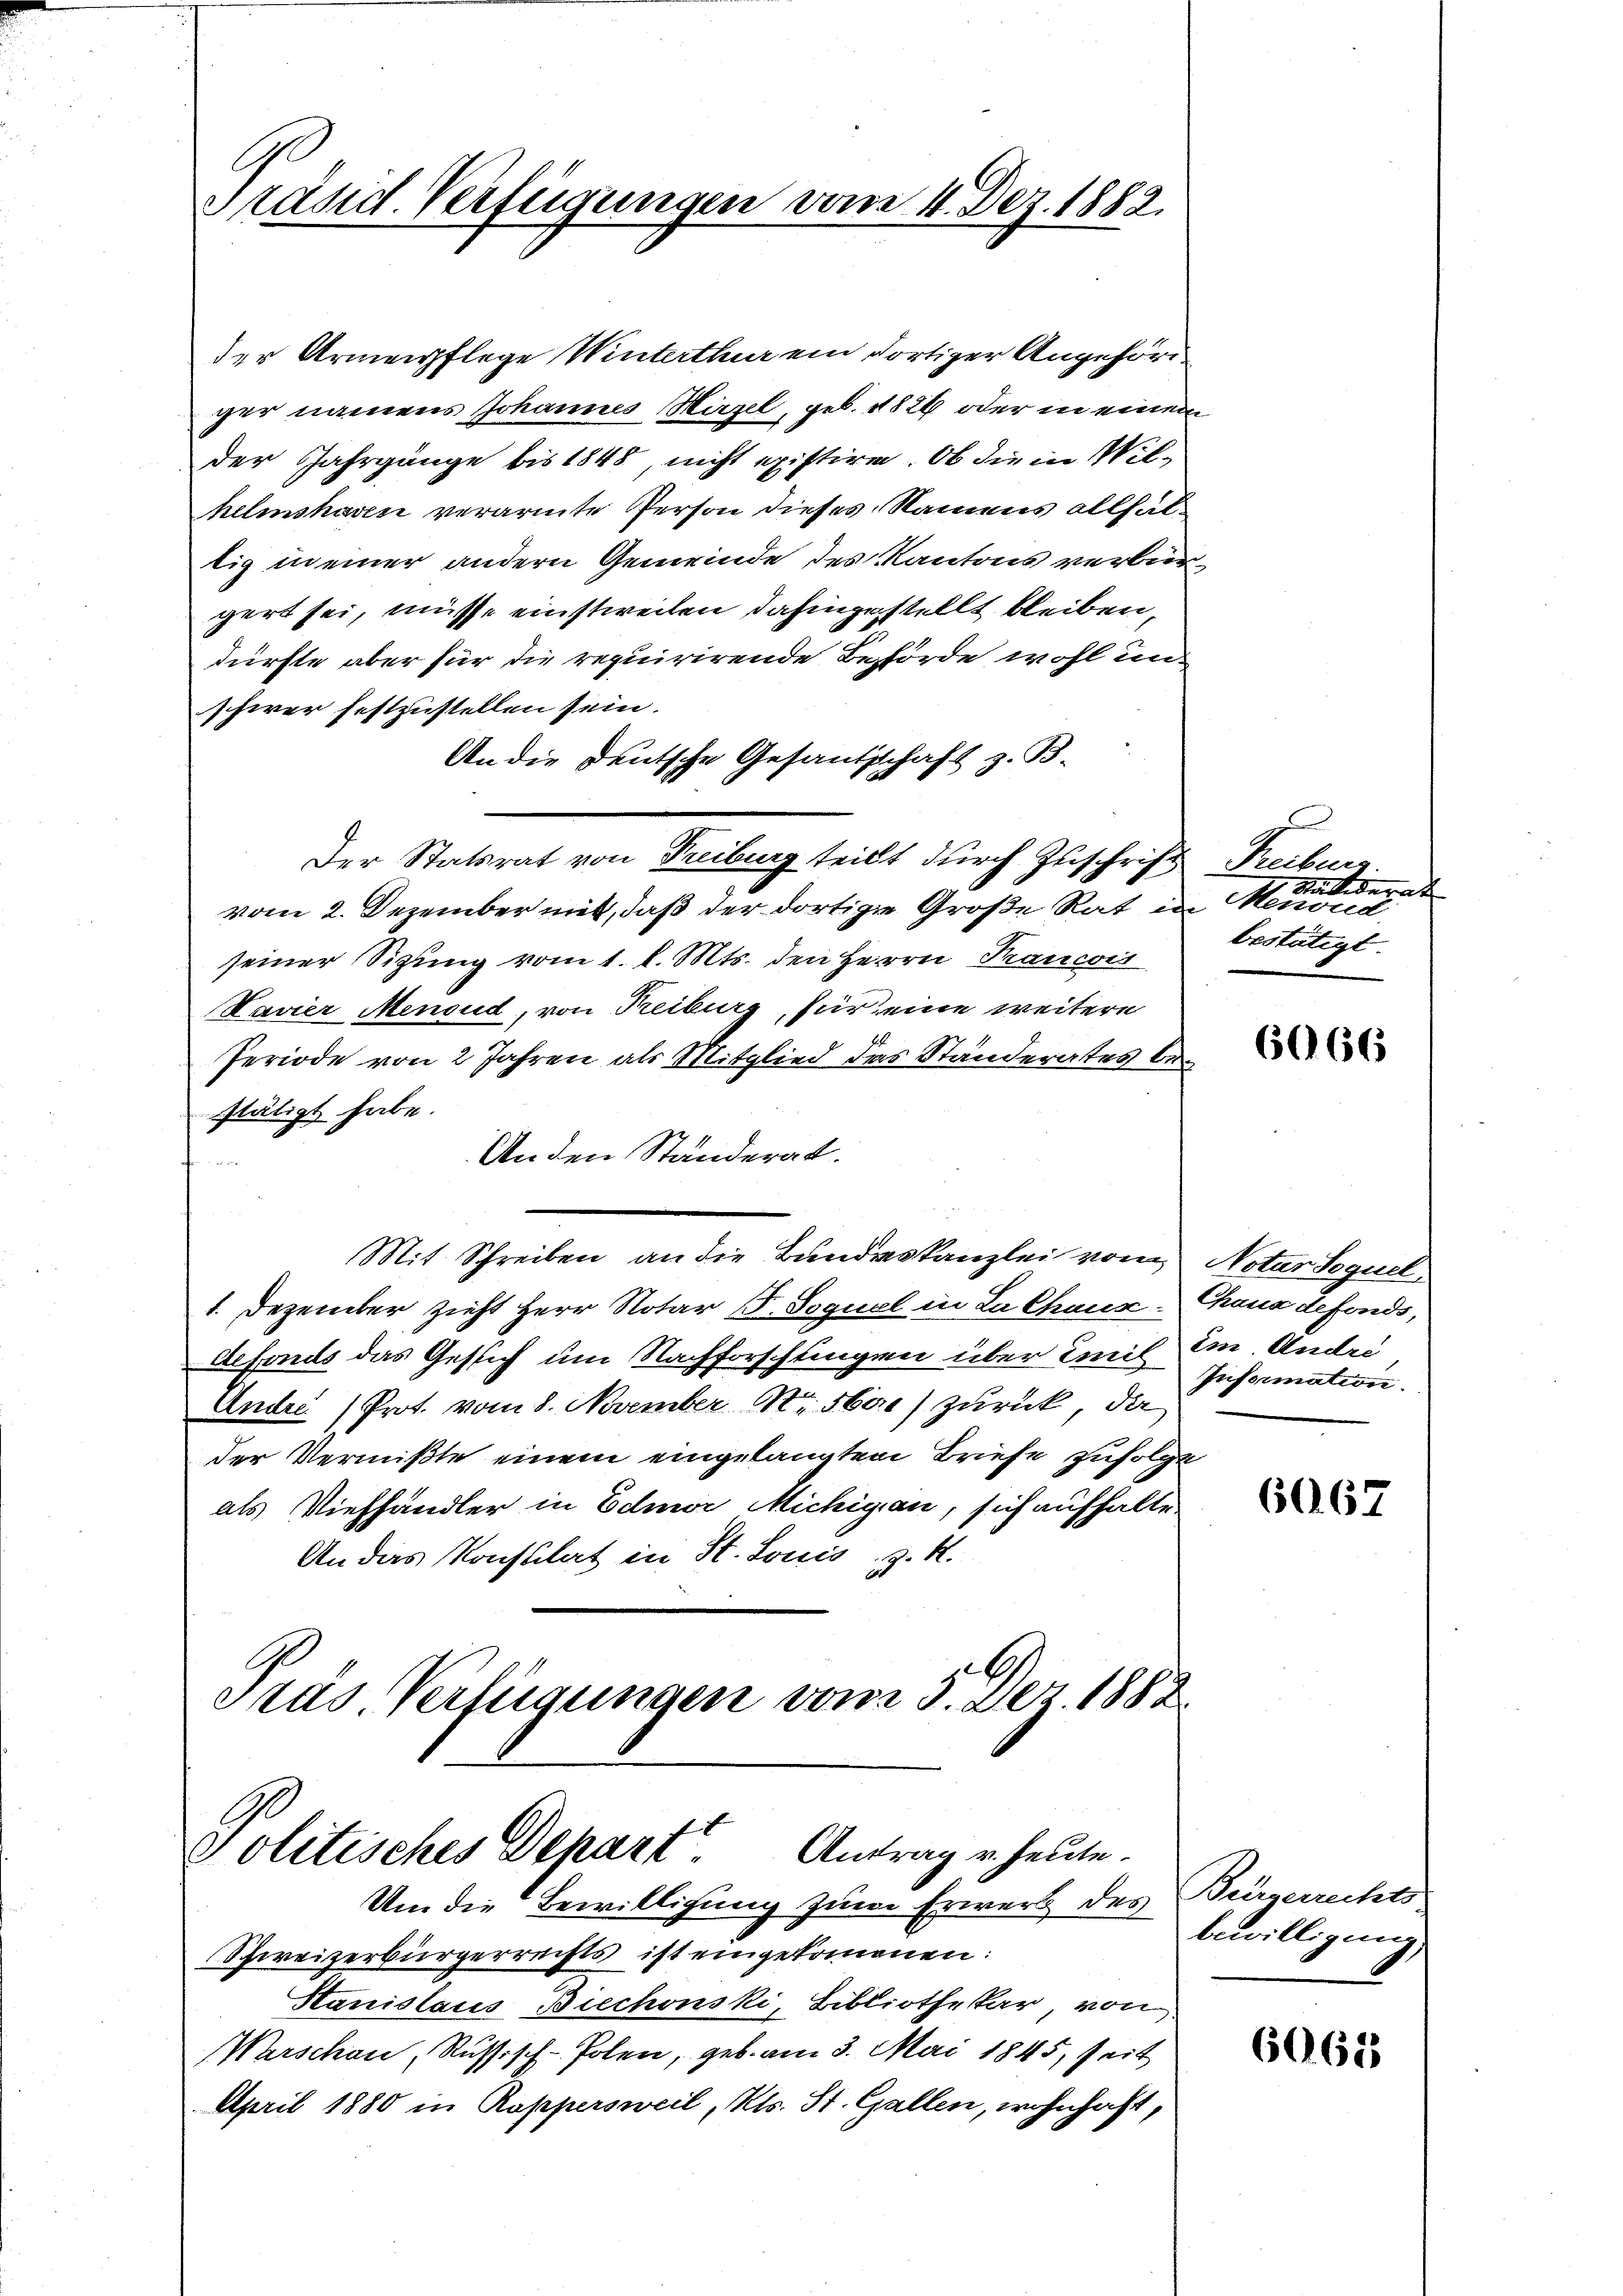
C
Präsid. Verfügungen vom 4. Dez. 1882.

der Armenpflege Winterthur ein dortiger Angehöriger namens Johannes Wirzel, geb. 1826 oder in einem
der Jahrgänge bis 1848, nicht existiren. Ob die in Wilhelmshaven verarmte Person dieses Namens allhaltig in einer andern Gemeinde des Kantons verbiergert sei, müsse einstweilen dahingestellt bleiben,
dürfte aber für die requirirende Behörde wohl uns
schwer festzustellen sein.
An die Deutsche Gesandtschaft z. B.
Der Statsrat von Freibung teilt durch Zuschrift Freiburg.
vom 2. Dezember mit, daß der dortige Große Rat in Menoud,
seiner Sitzung vom 1. l. Mts. den Herrn Prancois
Lavier Menoud, von Reiburg, für eine weitere
Periode von 2 Jahren als Mitglied das Ständerates bestätigt habe.
Anden Ständerat.
Mit Schreiben an die Bundeskanzlei vom Notar Sequel
1. Dezember zieht Herr Notar B. Soguel in La Chaus Chona defonds,
defonds das Gesich um Nachforschtingen über Emil Em. Andri
André (Prot. vom 8. November St. Sar) zurück, da
der Vermißte einem eingelangten Briefe zufolge
als Viehhändler in Edmor Michigan, sich aufhalte
An das Konsulat in St. Louis, z. S.
Präs. Verfügungen vom 5. Der 1882.

Antrag v. heute.
Politisches Depart
Um die Bewilligung zum Erwerb des

7 Stallederat
bestätigt.

Schweizerbürgerrechts ist eingekommenen:
Stanislaus Biechowski, Bibliothekar von
Warschau, Russisch-Polen, geb. am 3. Mai 1845, Zeit
April 1880 in Rappersweil, Kts. St. Gallen, wohnhaft,

6666

Information.

6067

Bürgerrechts
bewilligung,

6063